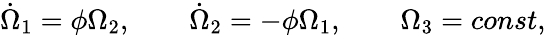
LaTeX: \begin{array}{r}{\dot{\Omega}_{1}=\phi\Omega_{2},\qquad\dot{\Omega}_{2}=-\phi\Omega_{1},\qquad\Omega_{3}=const,}\end{array}